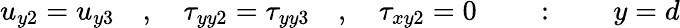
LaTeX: u_{y2}=u_{y3}\quad,\quad\tau_{yy2}=\tau_{yy3}\quad,\quad\tau_{xy2}=0\quad\quad:\quad\quad y=d